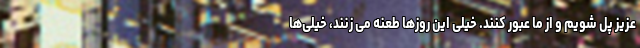
عزیز پل شویم و از ما عبور کنند. خیلی این روزها طعنه می زنند، خیلی‌ها